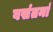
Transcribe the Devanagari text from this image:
वसंतनां